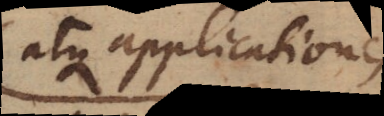
atque applicationes